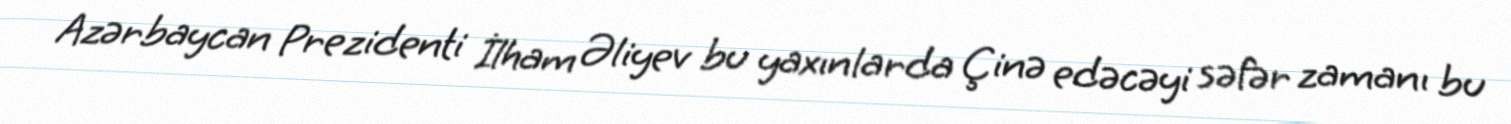
Azərbaycan Prezidenti İlham Əliyev bu yaxınlarda Çinə edəcəyi səfər zamanı bu